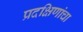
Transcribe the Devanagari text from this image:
प्रदक्षिणांचा